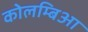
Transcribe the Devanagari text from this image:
कोलम्बिआ